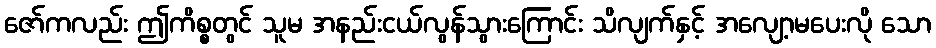
ဇော်ကလည်း ဤကိစ္စတွင် သူမ အနည်းငယ်လွန်သွားကြောင်း သိလျက်နှင့် အလျော့မပေးလို သော